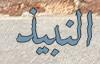
النبيذ